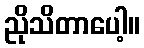
ညိုသိတာပေါ့။